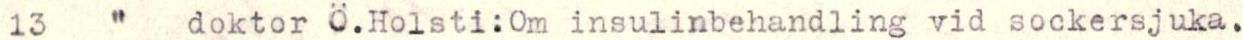
13   "   doktor Ö.Holsti:Om insulinbehandling vid sockersjuka.